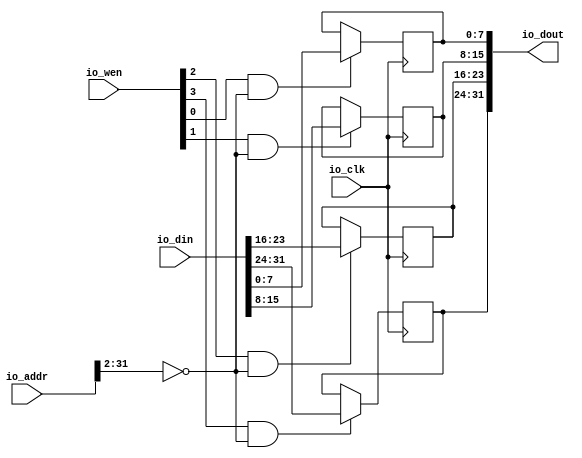
module BUS_CATCH #(
  parameter _ADD = 32'h0,
  parameter _BYTE = 'd4
)(
  input io_clk,
  input [3:0]  io_wen,
  input [31:0] io_addr,
  input [31:0] io_din,

  output [(_BYTE * 8) - 1 :0] io_dout
);

  reg [7:0] ram8 [0:(_BYTE-1)];
  integer j;
  initial begin : forSim
    for (j = 0; j<_BYTE; j=j+1) begin
      ram8[j] = 'd0;
    end
  end

  wire addrCatch = (io_addr[31:2]) == _ADD[31:2];

  genvar i;
  generate
    for(i=0; i<_BYTE; i=i+1) begin : ram
      always @ (posedge io_clk) begin
        ram8[i] <= io_wen[i] & addrCatch ? io_din[ (i*8) +: 8] : ram8[i];
      end
      assign io_dout[i*8 +: 8] = ram8[i];
    end
  endgenerate

endmodule